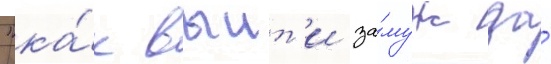
"ка́к выит'и за́муж за́